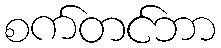
စက်တင်ဘာ